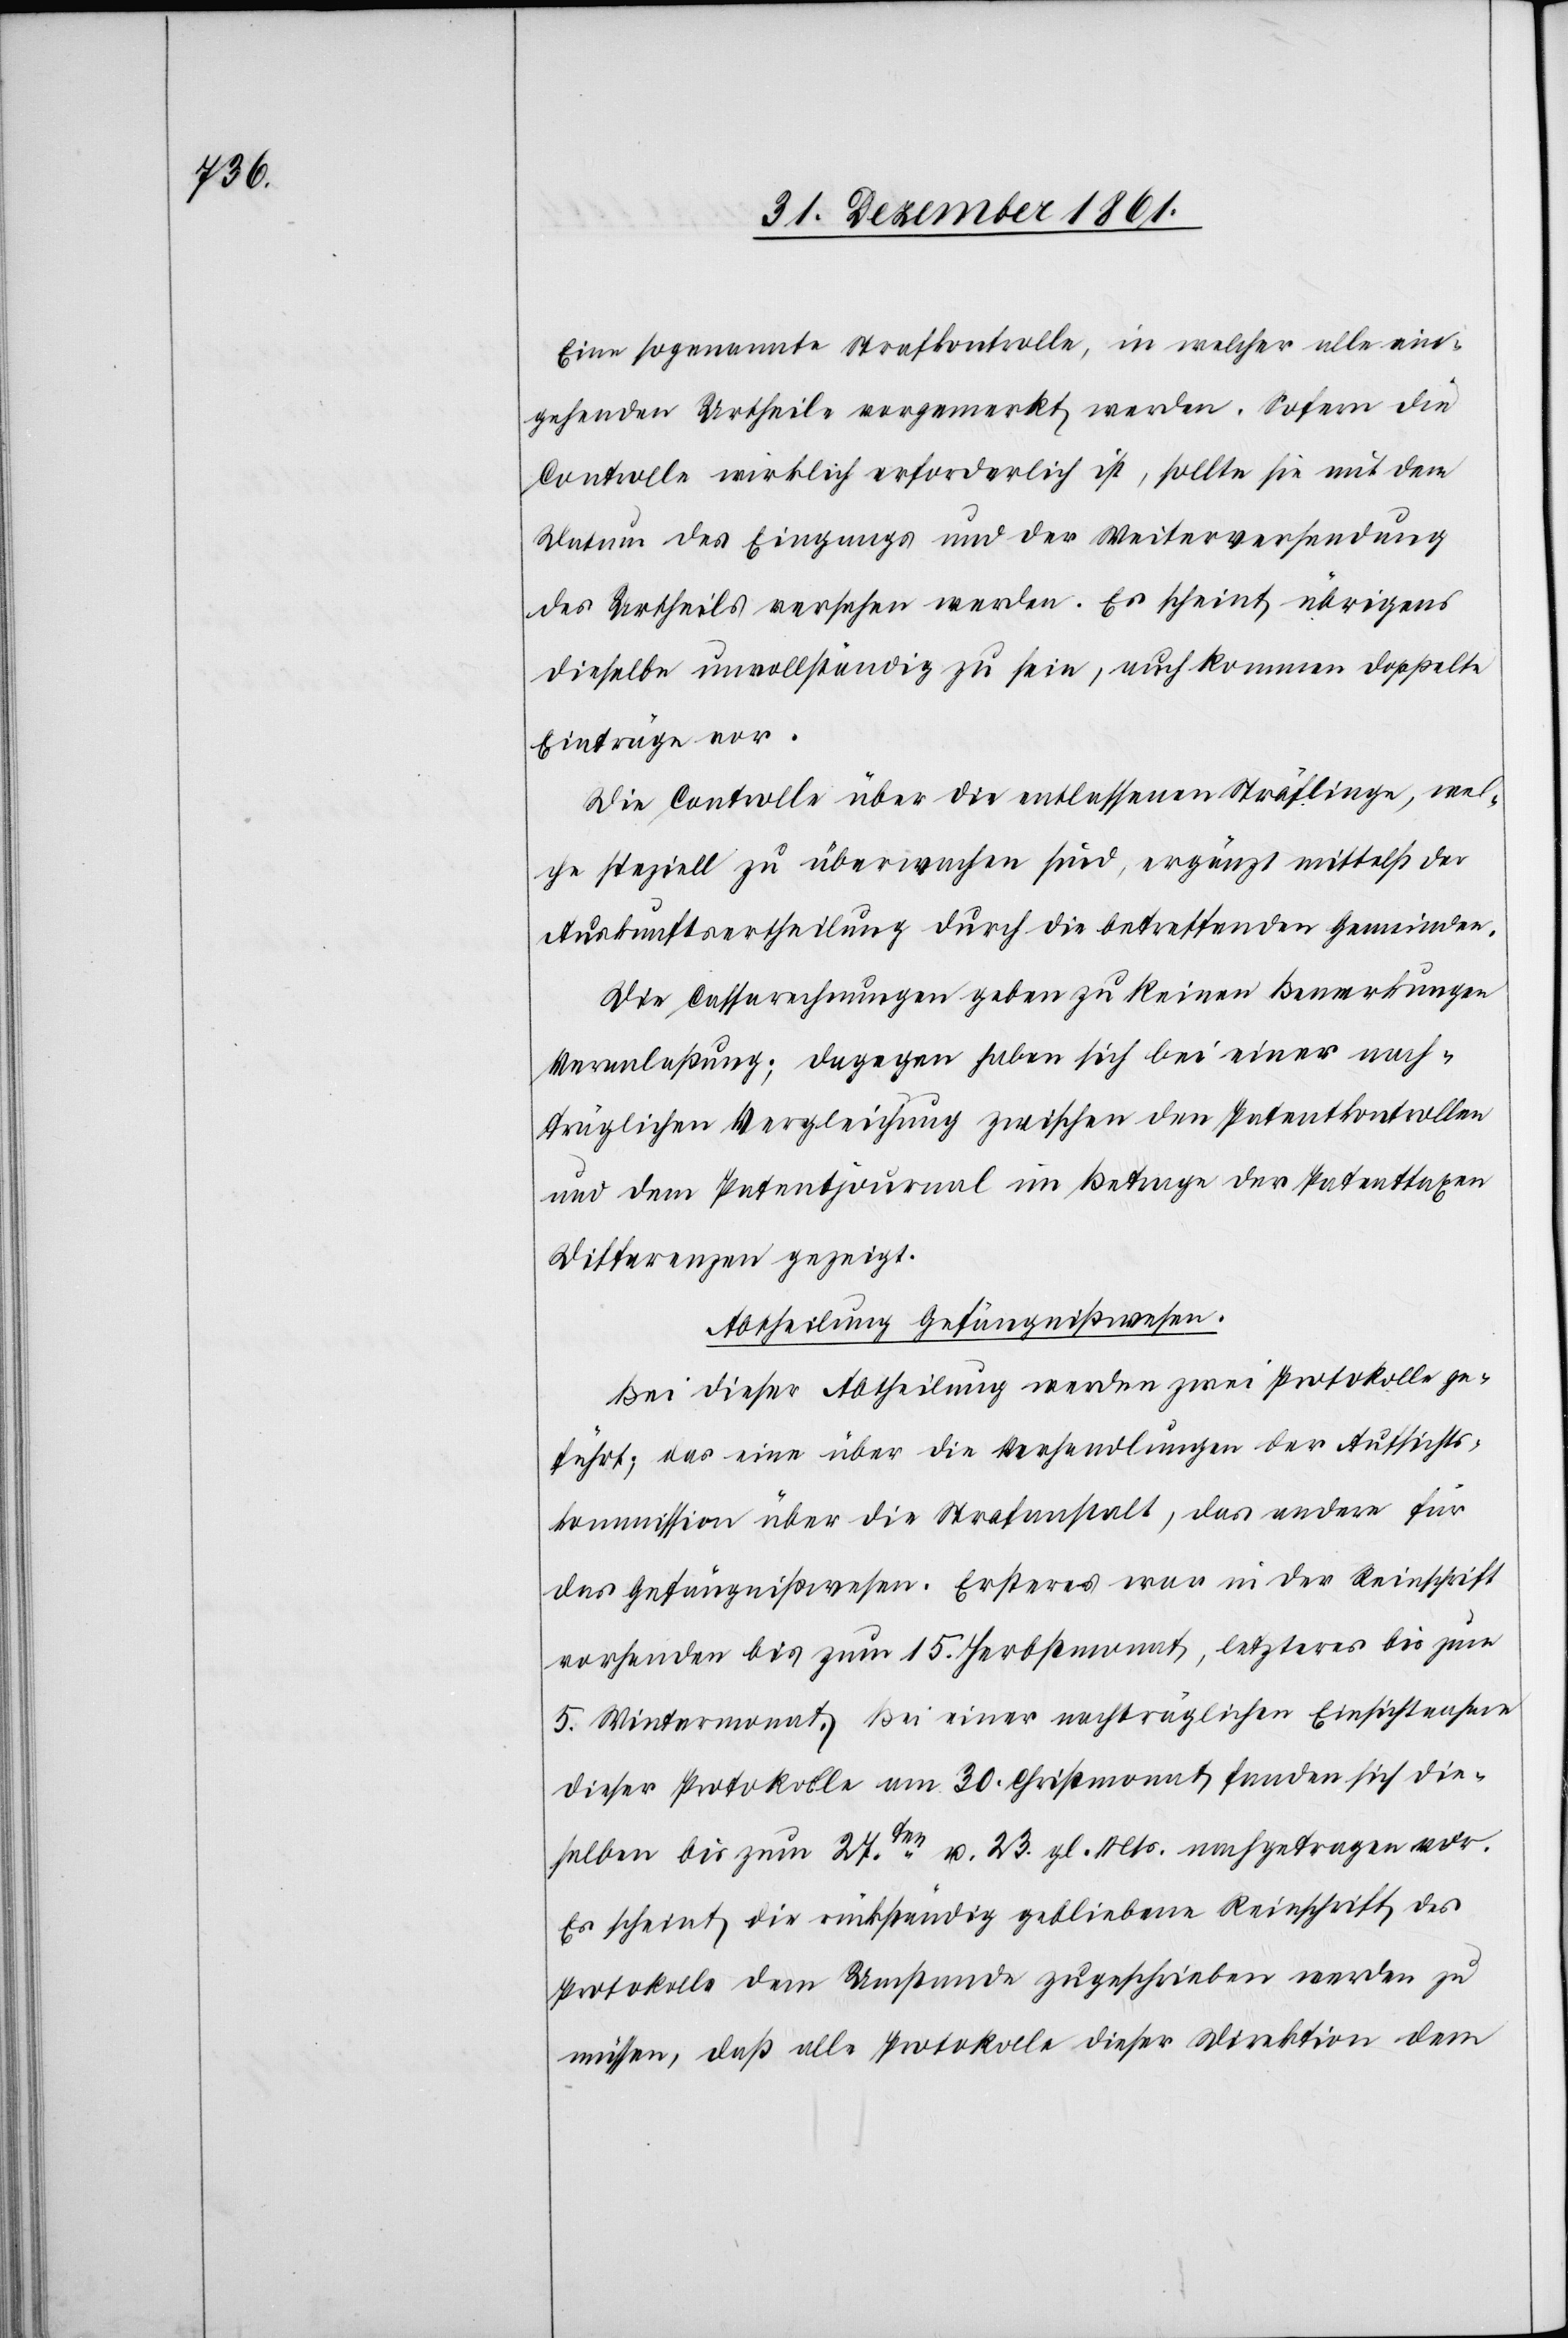
Eine sogenannte Strafkontrolle, in welcher alle ein¬
gehenden Urtheile vorgemerkt werden. Sofern die
Controlle wirklich erforderlich ist, sollte sie mit dem
Datum des Eingangs und der Weiterversendung
des Urtheils versehen werden. Es scheint übrigens
dieselbe unvollständig zu sein, auch kommen doppelte
Einträge vor.
Die Controlle über die entlassenen Sträflinge, welc¬
he speziell zu überwachen sind, ergänzt mittelst der
Auskunftsvertheilung durch die betreffenden Gemeinden.
Die Cassarechnungen geben zu keinen Bemerkungen
Veranlaßung; dagegen haben sich bei einer nach¬
träglichen Vergleichung zwischen den Patentkontrollen
und dem Patentjournal im Betrage der Patenttaxen
Differenzen gezeigt.
Abtheilung Gefängnißwesen.
Bei dieser Abtheilung werden zwei Protokolle ge¬
führt; das eine über die Verhandlungen der Aufsichts¬
kommission über die Strafanstalt, das andere für
das Gefängnißwesen. Ersteres war in der Reinschrift
vorhanden bis zum 15 Herbstmonat, letzteres bis zum
5 Wintermonat. Bei einer nachträglichen Einsichtnahme
dieser Protokolle am 30 Christmonat fanden sich die¬
selben bis zum 27ten u. 23 gl. Mts. nachgetragen vor.
Es scheint die rückständig gebliebene Reinschrift des
Protokolls dem Umstande zugeschrieben werden zu
müssen, daß alle Protokolle dieser Direktion dem